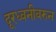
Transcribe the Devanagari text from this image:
दूरध्वनीवरुन